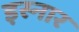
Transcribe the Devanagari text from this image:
इस्नार